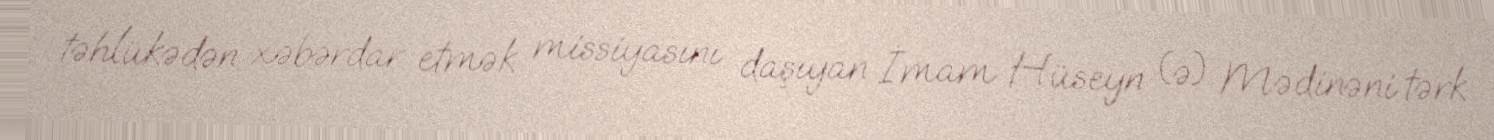
təhlükədən xəbərdar etmək missiyasını daşıyan İmam Hüseyn (ə) Mədinəni tərk